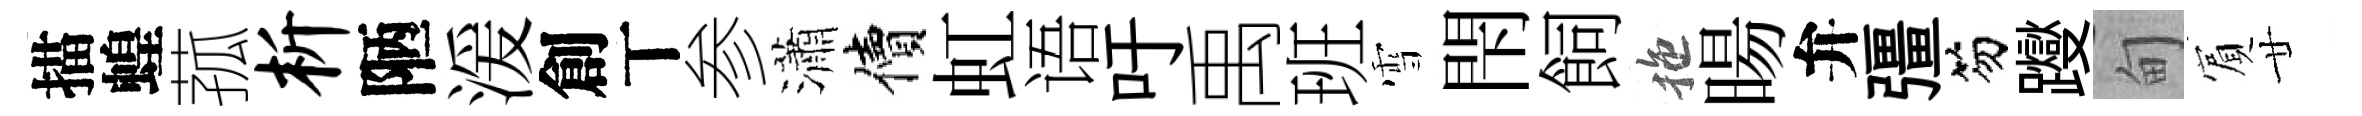
描蝗菰析陋湲創丅参瀟價虹语吁禹班雪閇飼拖暘弁彊笏躞甸賔廿